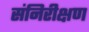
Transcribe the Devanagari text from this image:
संनिरीक्षण